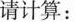
请计算：